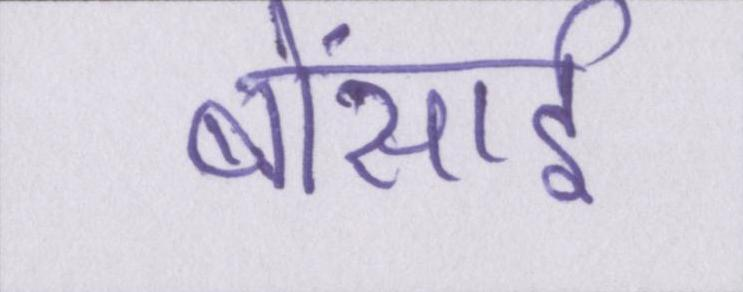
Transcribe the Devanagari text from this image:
बोंसाई